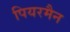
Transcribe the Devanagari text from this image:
पियरमैन